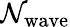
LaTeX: \mathcal{N}_{\mathrm{{wave}}}